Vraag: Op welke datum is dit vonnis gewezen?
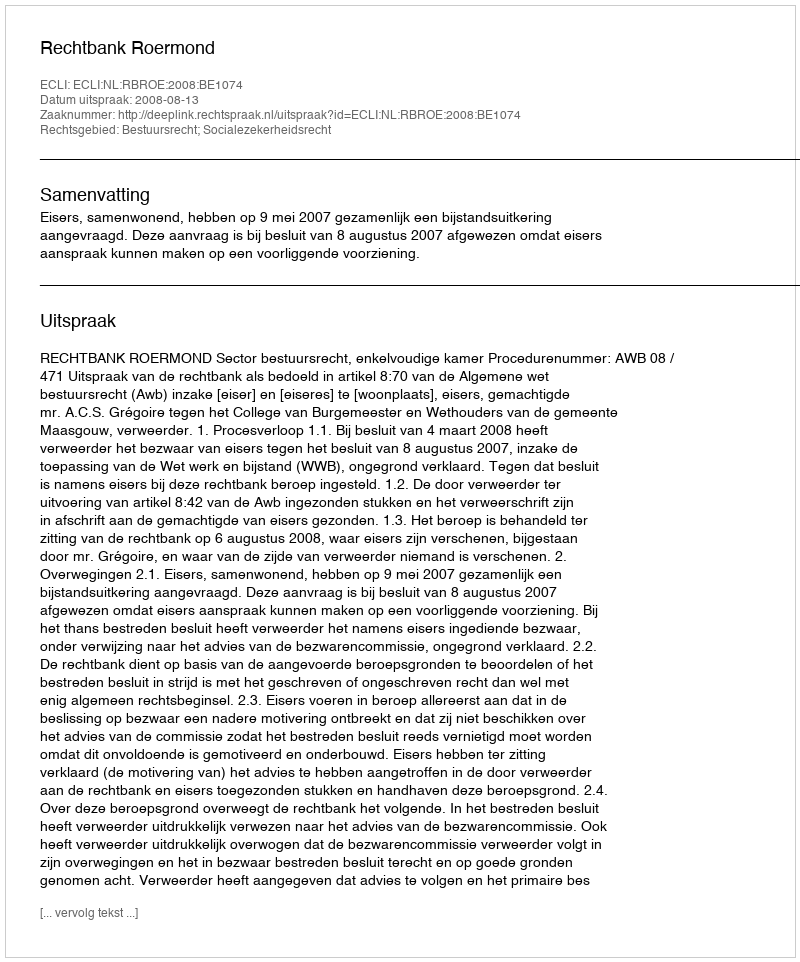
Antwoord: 2008-08-13